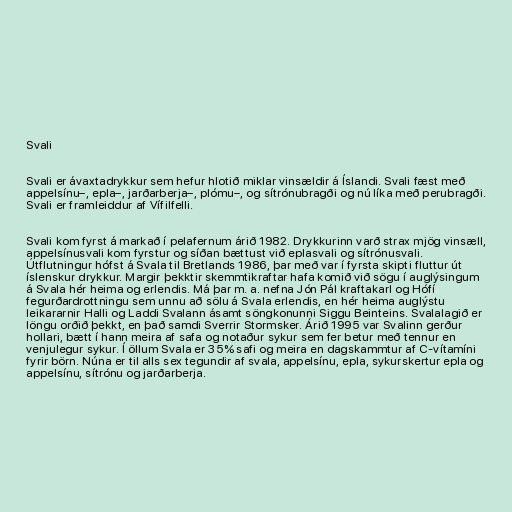
Svali

Svali er ávaxtadrykkur sem hefur hlotið miklar vinsældir á Íslandi. Svali fæst með
appelsínu–, epla–, jarðarberja–, plómu–, og sítrónubragði og nú líka með perubragði.
Svali er framleiddur af Vífilfelli.

Svali kom fyrst á markað í pelafernum árið 1982. Drykkurinn varð strax mjög vinsæll,
appelsínusvali kom fyrstur og síðan bættust við eplasvali og sítrónusvali.
Útflutningur hófst á Svala til Bretlands 1986, þar með var í fyrsta skipti fluttur út
íslenskur drykkur. Margir þekktir skemmtikraftar hafa komið við sögu í auglýsingum
á Svala hér heima og erlendis. Má þar m. a. nefna Jón Pál kraftakarl og Hófí
fegurðardrottningu sem unnu að sölu á Svala erlendis, en hér heima auglýstu
leikararnir Halli og Laddi Svalann ásamt söngkonunni Siggu Beinteins. Svalalagið er
löngu orðið þekkt, en það samdi Sverrir Stormsker. Árið 1995 var Svalinn gerður
hollari, bætt í hann meira af safa og notaður sykur sem fer betur með tennur en
venjulegur sykur. Í öllum Svala er 35% safi og meira en dagskammtur af C-vítamíni
fyrir börn. Núna er til alls sex tegundir af svala, appelsínu, epla, sykurskertur epla og
appelsínu, sítrónu og jarðarberja.